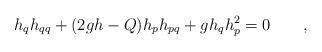
LaTeX: \begin{align*} h_qh_{qq}+(2gh-Q)h_ph_{pq}+ gh_qh_p^2=0\qquad,\end{align*}